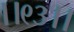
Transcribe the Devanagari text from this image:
।।९३।।